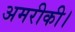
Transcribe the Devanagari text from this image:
अमरीकी।